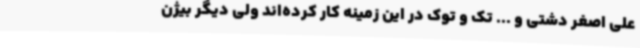
علی اصغر دشتی و ... تک و توک در این زمینه کار کرده‌اند ولی دیگر بیژن